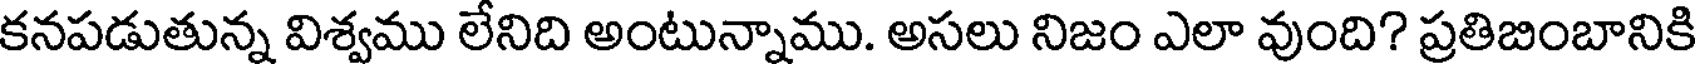
కనపడుతున్న విశ్వము లేనిది అంటున్నాము. అసలు నిజం ఎలా వుంది? ప్రతిబింబానికి